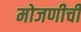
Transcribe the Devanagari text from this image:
मोजणीची